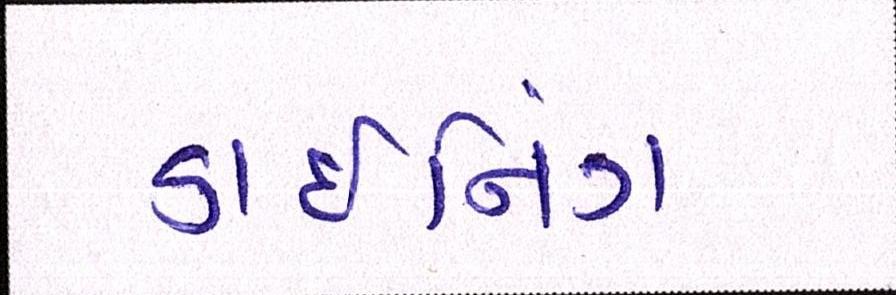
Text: ડાઇનિંગ